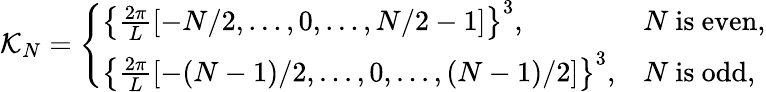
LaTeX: \mathcal{K}_{N}=\left\{ \begin{array}{ll}{\left\{ \frac{2\pi}{L}[-N/2,...,0,...,N/2-1]\right\} ^{3},}&{N\mathrm{~is~even,}}\\ {\left\{ \frac{2\pi}{L}[-(N-1)/2,...,0,...,(N-1)/2]\right\} ^{3},}&{N\mathrm{~is~odd,}}\end{array}\right.